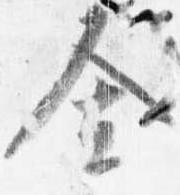
舎